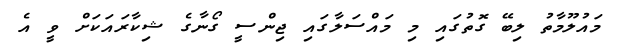
މައުލޫމާތު ލިބޭ ގޮތުގައި މި މައްސަލާގައި ޖިންސީ ގޯނާގެ ޝިކާރައަކަށް ވީ އެ